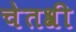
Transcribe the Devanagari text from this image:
चेतश्री